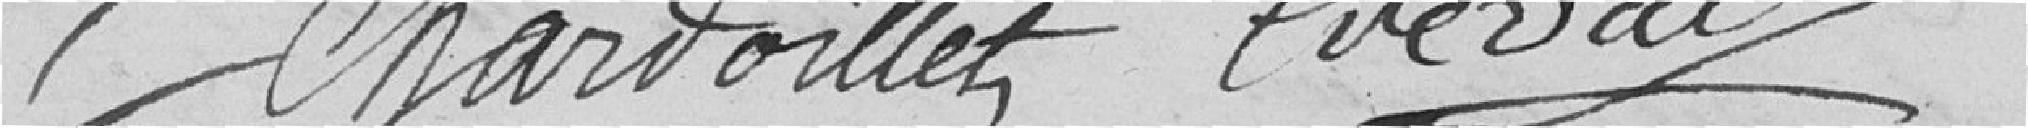
Chardoillet Crevat